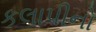
કલાપીનો